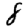
Digit: 8